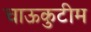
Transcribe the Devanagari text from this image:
चाऊकुटीम